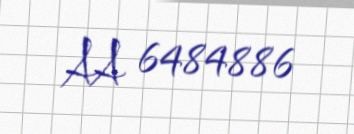
AA 6484886